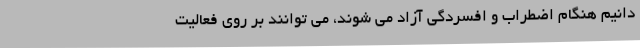
دانیم هنگام اضطراب و افسردگی آزاد می شوند، می توانند بر روی فعالیت